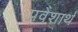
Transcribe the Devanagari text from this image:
प्रवेशार्थ